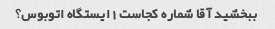
ببخشید آقا شماره کجاست 1 ایستگاه اتوبوس؟